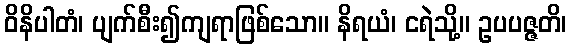
ဝိနိပါတံ၊ ပျက်စီး၍ကျရာဖြစ်သော။ နိရယံ၊ ငရဲသို့။ ဥပပဇ္ဇတိ၊